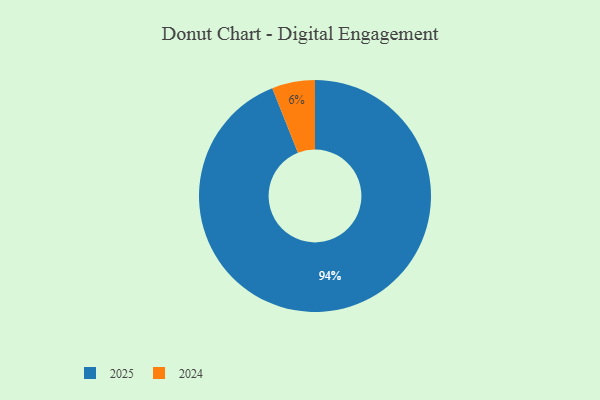
{"axis": {"x": "Category", "y": "Percentage"}, "legend": ["2024", "2025"], "data": [{"x": "2025", "y": 94, "type": "2025"}, {"x": "2024", "y": 6, "type": "2024"}]}